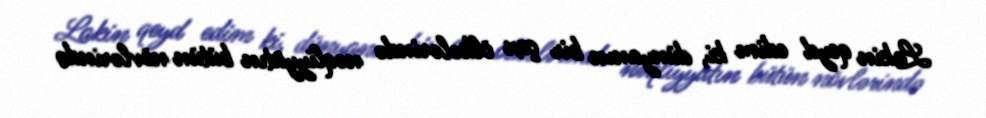
Lakin qeyd edim ki, dünyanın bir çox ölkələrində nəqliyyatın bütün növlərində